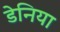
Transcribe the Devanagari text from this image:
डेनिया